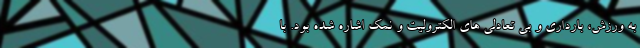
به ورزش، بارداری و بی تعادلی های الکترولیت و نمک اشاره شده بود. با